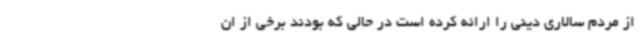
از مردم سالاری دینی را ارائه کرده است در حالی که بودند برخی از ان